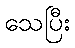
သေပြီး